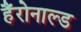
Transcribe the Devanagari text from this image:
हैंरोनाल्ड